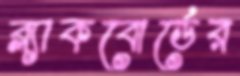
ব্ল্যাকবোর্ডের